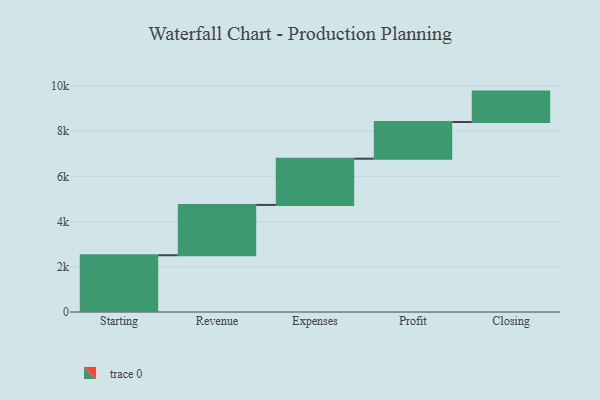
{"axis": {"x": "Step", "y": "Value"}, "legend": [""], "data": [{"x": "Starting", "y": 2510.0, "type": ""}, {"x": "Revenue", "y": 2225.0, "type": ""}, {"x": "Expenses", "y": 2044.0, "type": ""}, {"x": "Profit", "y": 1622.0, "type": ""}, {"x": "Closing", "y": 1345.0, "type": ""}]}